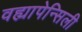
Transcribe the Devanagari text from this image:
वह्यापेन्सिली